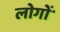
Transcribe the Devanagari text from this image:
लोगोंॱ